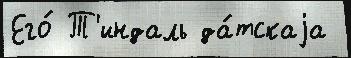
Его́ Т'индаль да́тскаjа